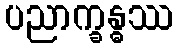
ပညာက္ခန္ဓဿ